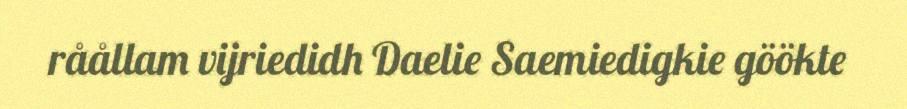
råållam vijriedidh Daelie Saemiedigkie göökte